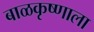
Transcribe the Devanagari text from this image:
बाळकृष्णाला